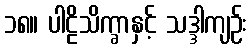
၁၈။ ပါဠိသိက္ခာနှင့် သဒ္ဒါကျဉ်း